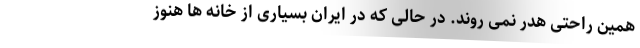
همین راحتی هدر نمی روند. در حالی که در ایران بسیاری از خانه ها هنوز